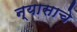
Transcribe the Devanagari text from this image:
न्यासाचे